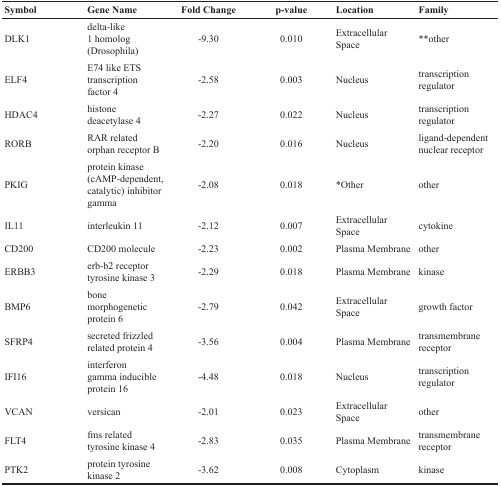
| Symbol | Gene Name | Fold Change | p-value | Location | Family |
 | --- | --- | --- | --- | --- | --- |
 | DLK1 | delta-like 1 homolog (Drosophila) | -9.30 | 0.010 | Extracellular Space | **other |
 | ELF4 | E74 like ETS transcription factor 4 | -2.58 | 0.003 | Nucleus | transcription regulator |
 | HDAC4 | histone deacetylase 4 | -2.27 | 0.022 | Nucleus | transcription regulator |
 | RORB | RAR related orphan receptor B | -2.20 | 0.016 | Nucleus | ligand-dependent nuclear receptor |
 | PKIG | protein kinase (cAMP-dependent, catalytic) inhibitor gamma | -2.08 | 0.018 | *Other | other |
 | IL11 | interleukin 11 | -2.12 | 0.007 | Extracellular Space | cytokine |
 | CD200 | CD200 molecule | -2.23 | 0.002 | Plasma Membrane | other |
 | ERBB3 | erb-b2 receptor tyrosine kinase 3 | -2.29 | 0.018 | Plasma Membrane | kinase |
 | BMP6 | bone morphogenetic protein 6 | -2.79 | 0.042 | Extracellular Space | growth factor |
 | SFRP4 | secreted frizzled related protein 4 | -3.56 | 0.004 | Plasma Membrane | transmembrane receptor |
 | IFI16 | interferon gamma inducible protein 16 | -4.48 | 0.018 | Nucleus | transcription regulator |
 | VCAN | versican | -2.01 | 0.023 | Extracellular Space | other |
 | FLT4 | fms related tyrosine kinase 4 | -2.83 | 0.035 | Plasma Membrane | transmembrane receptor |
 | PTK2 | protein tyrosine kinase 2 | -3.62 | 0.008 | Cytoplasm | kinase |